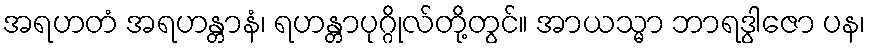
အရဟတံ အရဟန္တာနံ၊ ရဟန္တာပုဂ္ဂိုလ်တို့တွင်။ အာယသ္မာ ဘာရဒွါဇော ပန၊